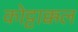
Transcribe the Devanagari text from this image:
कोट्टाक्कल